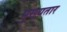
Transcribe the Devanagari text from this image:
मुख्यतार